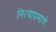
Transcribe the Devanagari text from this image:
नित्याप्रमाणे